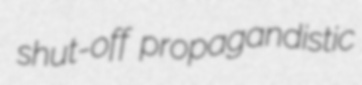
shut-off propagandistic